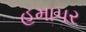
હમાપર